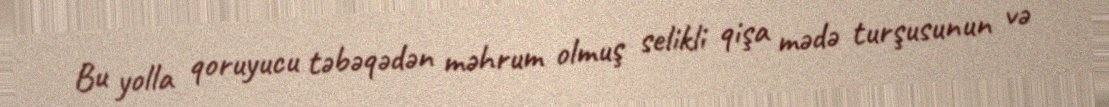
Bu yolla qoruyucu təbəqədən məhrum olmuş selikli qişa mədə turşusunun və